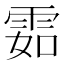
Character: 𩂰